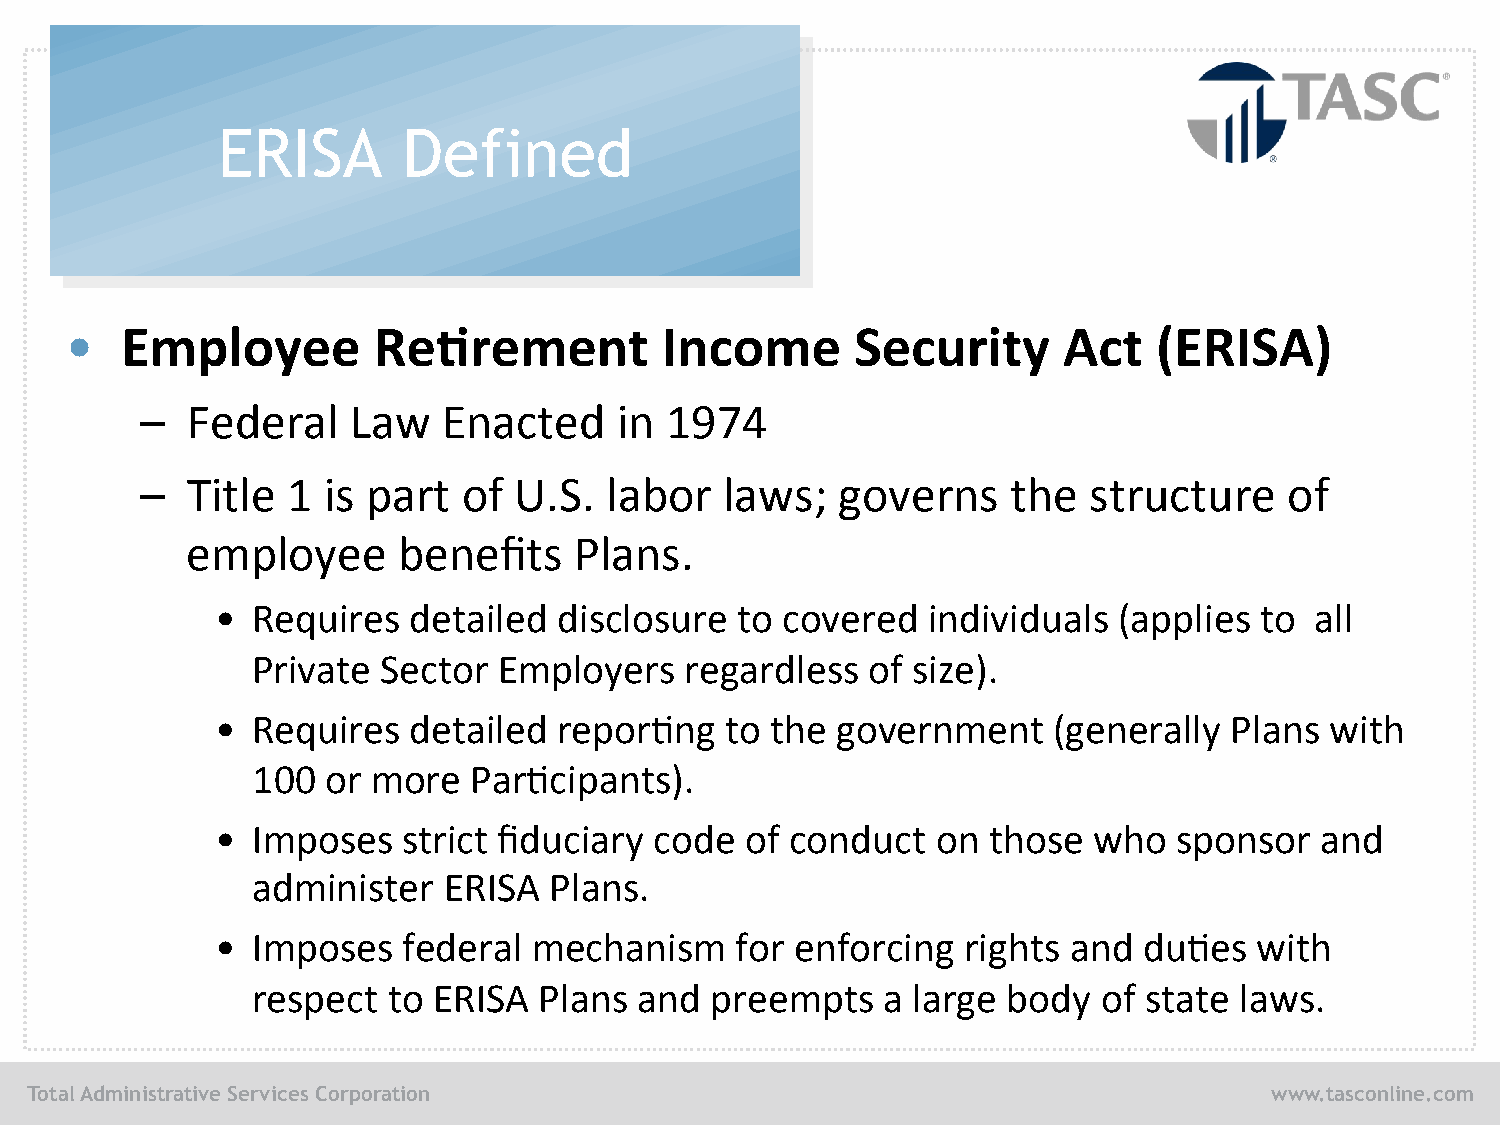
ERISA        Defined
 •   Employee         Re,rement          Income       Security     Act    (ERISA)
 –  Federal    Law   Enacted     in 1974
 –  Title  1 is part   of U.S.  labor   laws;   governs    the  structure    of
 employee      benefits    Plans.
 •  Requires  detailed  disclosure  to covered  individuals  (applies to  all
 Private Sector  Employers   regardless   of size).
 •  Requires  detailed  repor/ng   to the government     (generally  Plans with
 100  or more  Par/cipants).
 •  Imposes   strict fiduciary code of conduct   on those  who   sponsor  and
 administer  ERISA  Plans.
 •  Imposes   federal mechanism     for enforcing  rights and  du/es  with
 respect  to ERISA  Plans and  preempts    a large body  of state laws.
 Total Administrative Services Corporation                                         www.tasconline.com